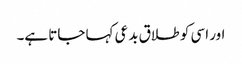
اور اسی کو طلاق بدعی کہا جاتا ہے۔